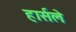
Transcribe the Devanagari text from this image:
हार्सले